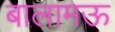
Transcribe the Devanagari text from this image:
बालामऊ